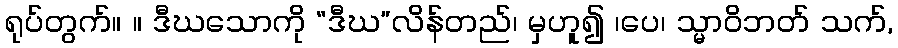
ရုပ်တွက်။ ။ ဒီဃသောကို “ဒီဃ”လိန်တည်၊ မှဟူ၍ ၊ပေ၊ သ္မာဝိဘတ် သက်,